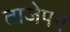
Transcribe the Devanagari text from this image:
ताजेपन